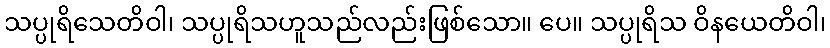
သပ္ပုရိသေတိဝါ၊ သပ္ပုရိသဟူသည်လည်းဖြစ်သော။ ပေ။ သပ္ပုရိသ ဝိနယေတိဝါ၊